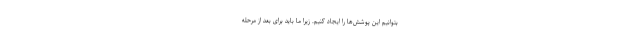
بتوانیم این پوشش‌ها را ایجاد کنیم. زیرا ما باید برای بعد از مرحله